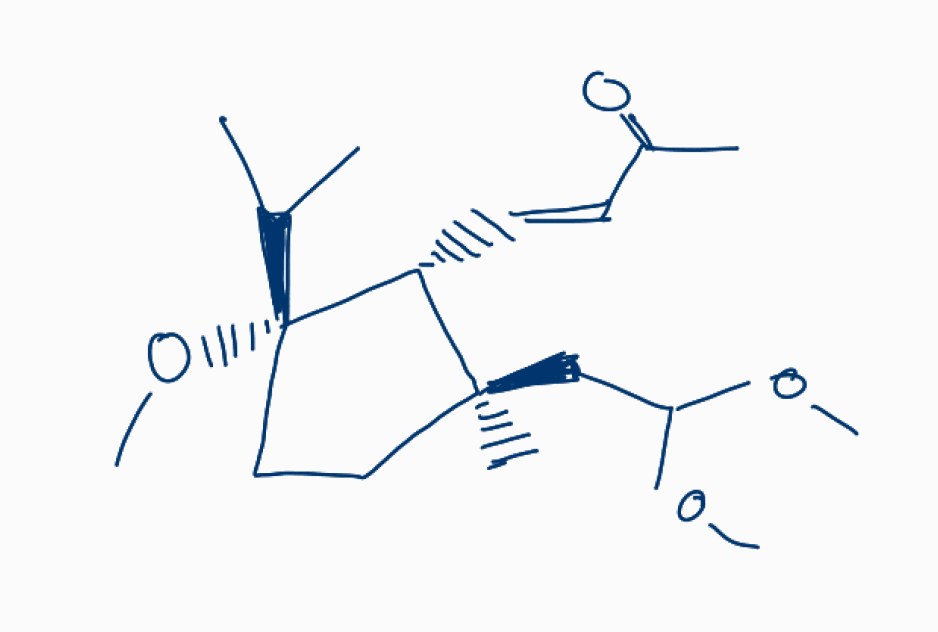
Simplified molecular-input line-entry system (SMILES) notation of the given molecule:
CC(C)[C@@]1(CC[C@]([C@H]1/C=C/C(=O)C)(C)CC(OC)OC)OC